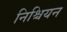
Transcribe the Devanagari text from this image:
निश्चियन